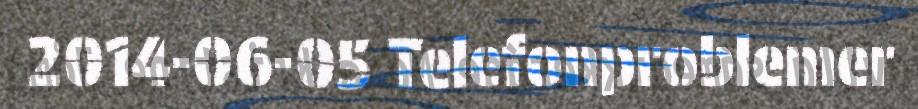
2014-06-05 Telefonproblemer